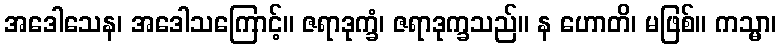
အဒေါသေန၊ အဒေါသကြောင့်။ ဇရာဒုက္ခံ၊ ဇရာဒုက္ခသည်။ န ဟောတိ၊ မဖြစ်။ ကသ္မာ၊